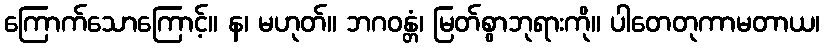
ကြောက်သောကြောင့်။ န၊ မဟုတ်။ ဘဂဝန္တံ၊ မြတ်စွာဘုရားကို။ ပါတေတုကာမတာယ၊